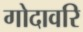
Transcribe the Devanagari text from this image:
गोदावरि